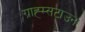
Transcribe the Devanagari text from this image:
ग्राह्म्सटाउन